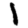
Digit: 1